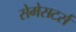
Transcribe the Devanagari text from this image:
सेमेसटर्स